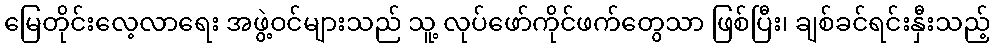
မြေတိုင်းလေ့လာရေး အဖွဲ့ဝင်များသည် သူ့ လုပ်ဖော်ကိုင်ဖက်တွေသာ ဖြစ်ပြီး၊ ချစ်ခင်ရင်းနှီးသည့်